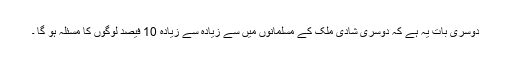
دوسری بات یہ ہے کہ دوسری شادی ملک کے مسلمانوں میں سے زیادہ سے زیادہ 10 فیصد لوگوں کا مسئلہ ہو گا ۔